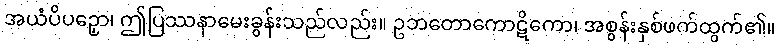
အယံပိပဉှော၊ ဤပြဿနာမေးခွန်းသည်လည်း။ ဥဘတောကောဋိကော၊ အစွန်းနှစ်ဖက်ထွက်၏။